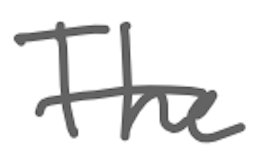
Text: The
Cross-out: single-line
Writing tool: digital_gray